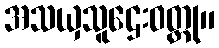
အသယှသူဌေးဝတ္ထု။